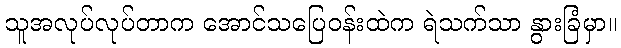
သူအလုပ်လုပ်တာက အောင်သပြေဝန်းထဲက ရဲသက်သာ နွားခြံမှာ။